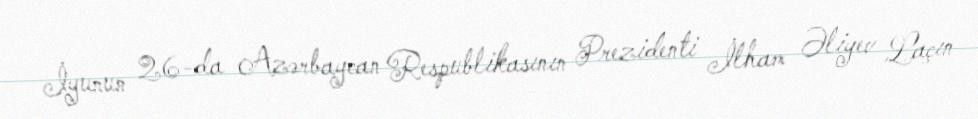
İyunun 26-da Azərbaycan Respublikasının Prezidenti İlham Əliyev Laçın